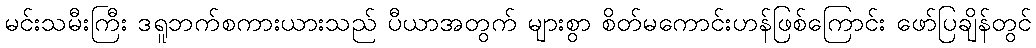
မင်းသမီးကြီး ဒရူဘက်စကားယားသည် ပီယာအတွက် များစွာ စိတ်မကောင်းဟန်ဖြစ်ကြောင်း ဖော်ပြချိန်တွင်